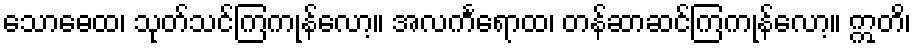
သောဓေထ၊ သုတ်သင်ကြကုန်လော့။ အလင်္ကရောထ၊ တန်ဆာဆင်ကြကုန်လော့။ ဣတိ၊